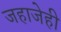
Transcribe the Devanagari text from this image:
जहाजेही